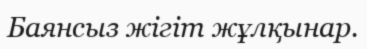
Баянсыз жігіт жұлқынар.